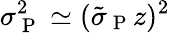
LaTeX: \sigma_{\mathrm{~P~}}^{2}\simeq(\tilde{\sigma}_{\mathrm{~P~}}z)^{2}